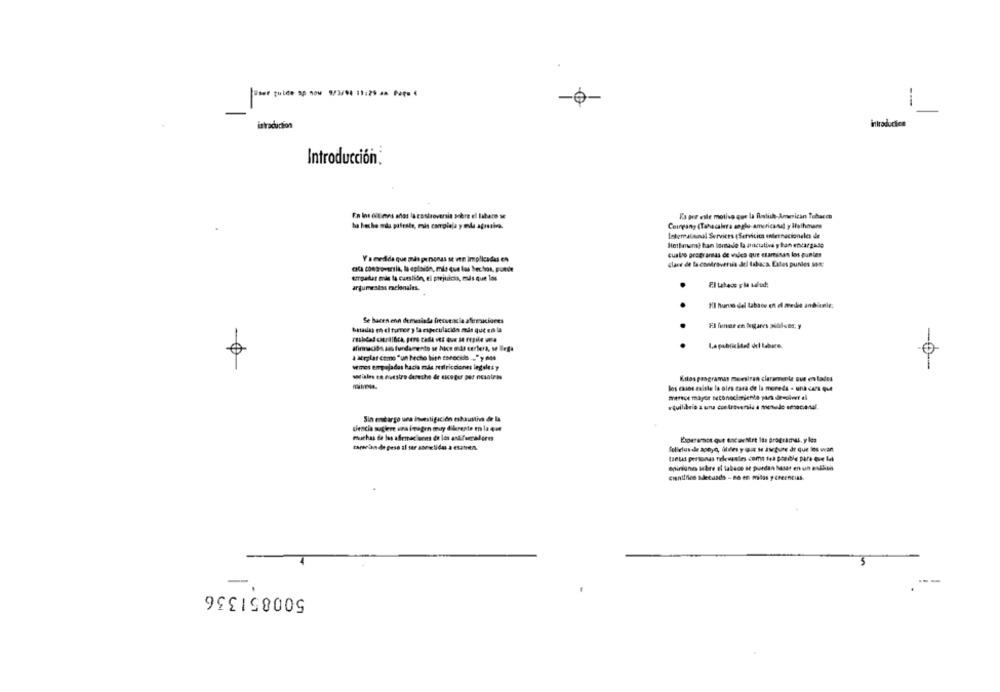
user guide sp now 9/2/00 13:29 28 Popp 4
-Ó
--
introduction
Introducción;
In Ins citimes antas la controversia sobre el Babaco se
Es por este motivo que la Polish American Tobacco
Coingany (Tabacalera anglo-americanut y ifaihmare
Interratanul Services (Servicios unilesnacionales de
Hetliman? han lontase la atuiciativa y han encargado
cuatro programas de wales que eramiinan los puntes
Y amedida que más personas se wn implicadas en
clave de la controversia del labaca. Estes puntes som:
cca controversia, la egilsidn, mit que las Sechos, puede
ergattar ms la cuestión, el prejuicio, mas que los
F.l tabacs y la salud:
argumentss racionales.
.
Il hurto del tabaco en el medit anbienle;
.
Se baren enn demvalade frecuencia afermaaciones
FI funer en lugares ssolens; y
bradas e el tumor y la especulación meds que en la
afinnacion ais fundamento se hace midis certera, se llega
a acrylar come "un hecho bien escocido ... " y 048
wires empujadas hacia más restricciones legales y
-0
wiales en nuestro dereche de uicoger per nosotras
Kilos pasgramas meesiran claramente out en ladus
los casos zalsle la olea casa de la moneda - una cara que
Sin encargo una isunsti gación mhautlivs de la
dencia sugiere una imagen mury diferente en la que
muchas de las afirmaciones de los askferradores
tareclan de pese al ser sortidos a csaten.
folletos ale apoyo, Gliles y que se asegure de que los want
tanus personas Telewales come tes posible para ove Ml
Opiniones sobre el tabaco at purdan hatar en un enkluis
cientifico Metunds - no en mbas y creencias.
500851336